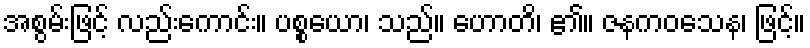
အစွမ်းဖြင့် လည်းကောင်း။ ပစ္စယော၊ သည်။ ဟောတိ၊ ၏။ ဇနကဝသေန၊ ဖြင့်။